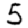
Digit: 5